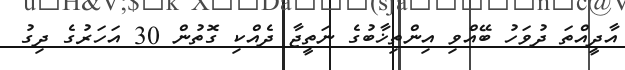
އާދީއްތަ ދުވަހު ބޭއްވި އިންތިޚާބުގެ ނަތީޖާ ދެއްކި ގޮތުން 30 އަހަރުގެ ދިގު